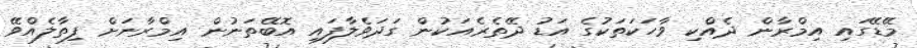
މޭޑޭގައި އިމްރާން ދެއްކި ވާހަކަތަކުގެ އަޑު ދޭތެރެއަކުން ގަދަވެލާފައި އޮބޭތަނުން އިމްރާނަށް ފިތާލެއްވޭ